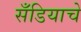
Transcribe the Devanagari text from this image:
सँडियाचे